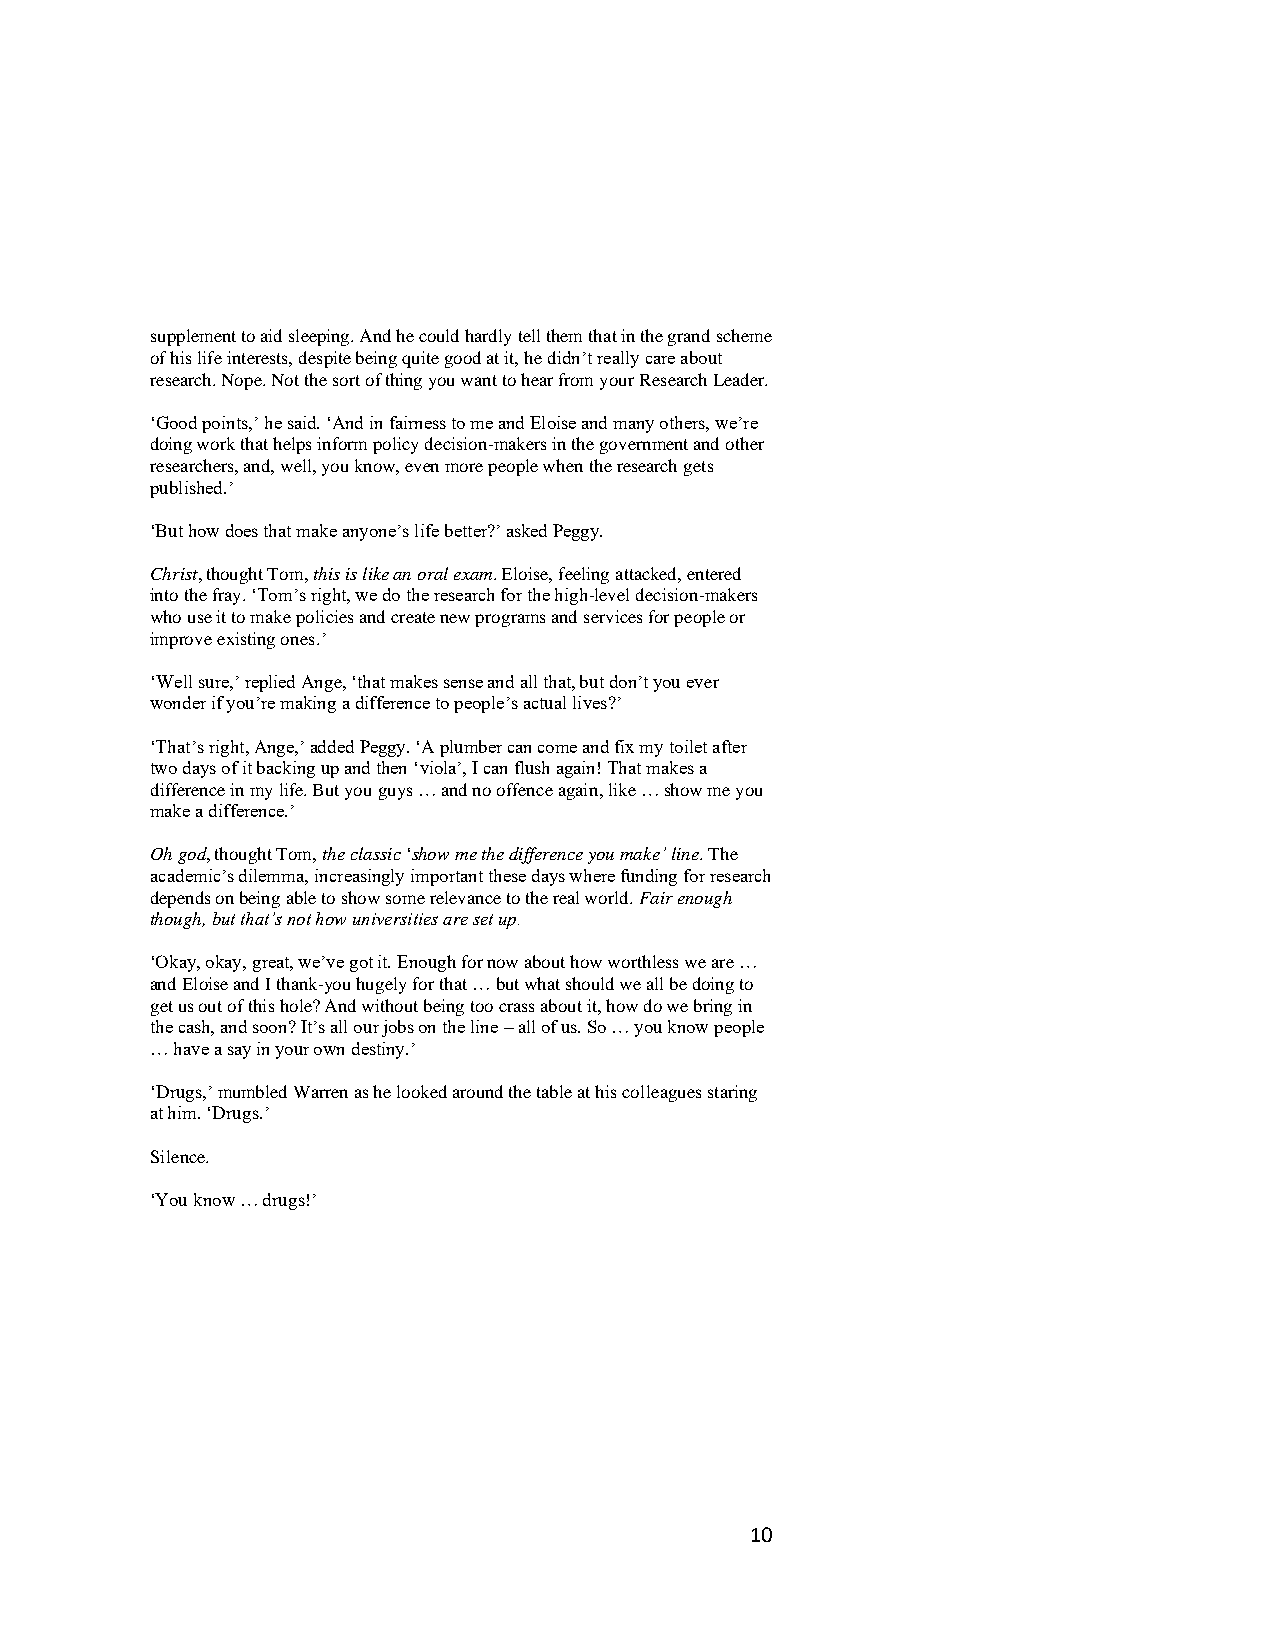
supplement to aid sleeping. And he could hardly tell them that in the grand scheme
 of his life interests, despite being quite good at it, he didn’t really care about
 research. Nope. Not the sort of thing you want to hear from your Research Leader.
 ‘Good points,’ he said. ‘And in fairness to me and Eloise and many others, we’re
 doing work that helps inform policy decision-makers in the government and other
 researchers, and, well, you know, even more people when the research gets
 published.’
 ‘But how does that make anyone’s life better?’ asked Peggy.
 Christ, thought Tom, this is like an oral exam. Eloise, feeling attacked, entered
 into the fray. ‘Tom’s right, we do the research for the high-level decision-makers
 who use it to make policies and create new programs and services for people or
 improve existing ones.’
 ‘Well sure,’ replied Ange, ‘that makes sense and all that, but don’t you ever
 wonder if you’re making a difference to people’s actual lives?’
 ‘That’s right, Ange,’ added Peggy. ‘A plumber can come and fix my toilet after
 two days of it backing up and then ‘viola’, I can flush again! That makes a
 difference in my life. But you guys … and no offence again, like … show me you
 make a difference.’
 Oh god, thought Tom, the classic ‘show me the difference you make’ line. The
 academic’s dilemma, increasingly important these days where funding for research
 depends on being able to show some relevance to the real world. Fair enough
 though, but that’s not how universities are set up.
 ‘Okay, okay, great, we’ve got it. Enough for now about how worthless we are …
 and Eloise and I thank-you hugely for that … but what should we all be doing to
 get us out of this hole? And without being too crass about it, how do we bring in
 the cash, and soon? It’s all our jobs on the line – all of us. So … you know people
 … have a say in your own destiny.’
 ‘Drugs,’ mumbled Warren as he looked around the table at his colleagues staring
 at him. ‘Drugs.’
 Silence.
 ‘You know … drugs!’
 10